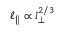
\ell _ { \parallel } \propto l _ { \perp } ^ { 2 / 3 }